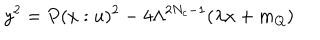
y ^ { 2 } = P ( x : u ) ^ { 2 } - 4 \Lambda ^ { 2 N _ { c } - 1 } ( \lambda x + m _ { Q } ) \nonumber